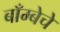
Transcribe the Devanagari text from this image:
बाँम्बेचे